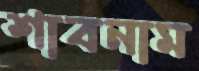
শাবনাম